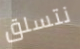
نتسلق